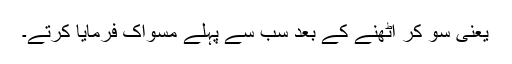
یعنی سو کر اٹھنے کے بعد سب سے پہلے مسواک فرمایا کرتے۔